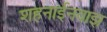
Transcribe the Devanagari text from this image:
शहनाईनवाझ